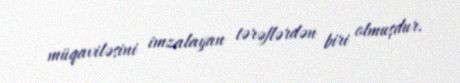
müqaviləsini imzalayan tərəflərdən biri olmuşdur.